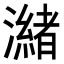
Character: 𭳌